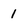
Character: 1